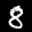
Label: 8